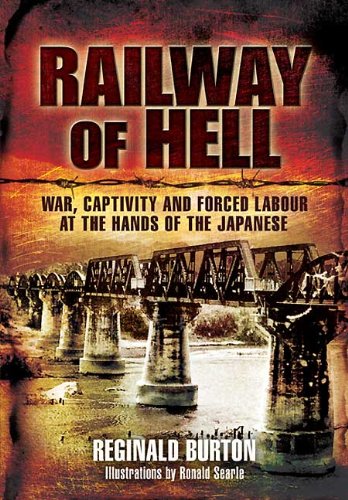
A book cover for Railway of Hell: War Captivity and Forced Labour at the Hands of the Japanese; Reginald Burton; History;